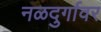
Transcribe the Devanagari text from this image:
नळदुर्गावर